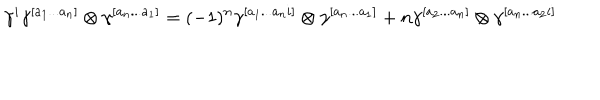
\gamma ^ { i } \gamma ^ { [ a _ { 1 } . . . a _ { n } ] } \otimes \gamma ^ { [ a _ { n } . . . a _ { 1 } ] } = ( - 1 ) ^ { n } \gamma ^ { [ a _ { 1 } . . . a _ { n } i ] } \otimes \gamma ^ { [ a _ { n } . . . a _ { 1 } ] } + n \gamma ^ { [ a _ { 2 } . . . a _ { n } ] } \otimes \gamma ^ { [ a _ { n } . . . a _ { 2 } i ] }